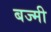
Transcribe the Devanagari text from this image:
बज्मी